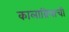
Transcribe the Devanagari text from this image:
कालाब्रियाची